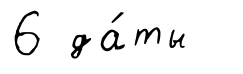
6 да́ты